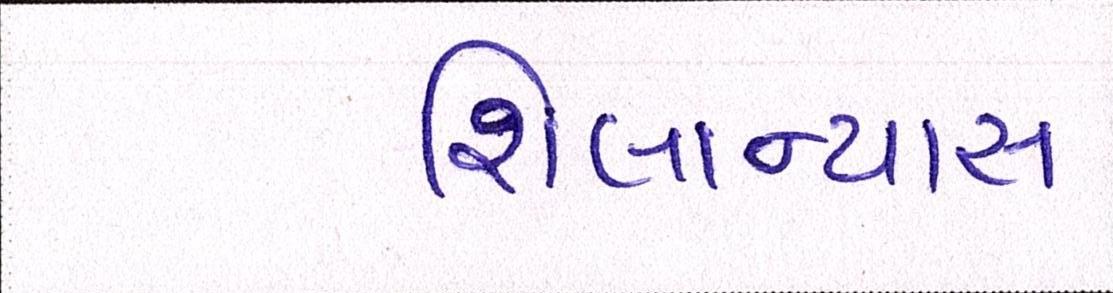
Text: શિલાન્યાસ